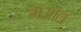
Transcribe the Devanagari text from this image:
मआल